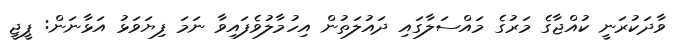
ވާދަކުރަނީ ކުއްޖާގެ މަރުގެ މައްސަލާގައި ދައުލަތުން އިހުމާލުވެފައިވާ ނަމަ ފިޔަވަޅު އަޅާނަން: ޕީޖީ